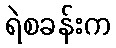
ရဲစခန်းက